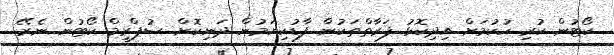
ކޯޓުން ކުރި ހުކުމަށް އިދިކޮޅު ފަރާތްތަކުން ފާޑުކިޔަމުން ދަނިކޮށް ސުޕްރީމް ކޯޓުން ނެރޭ